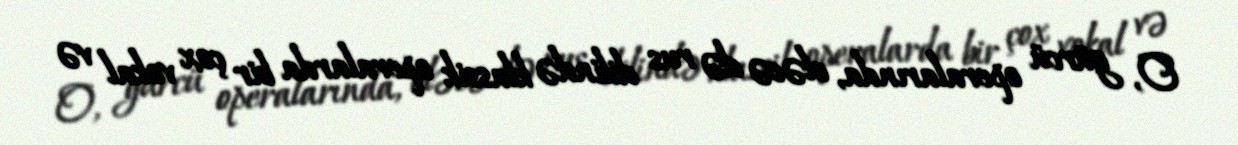
O, gürcü operalarında, eləcə də rus dilində klassik operalarda bir çox vokal və